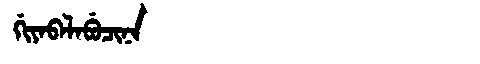
Manchu: ᡤᡳᠶᠠᠪᠠᠯᠠᠪᡠᠴᡳᠨᠠ
Romanization: GIYABALABUCINA